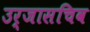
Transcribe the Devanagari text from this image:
उर्जासचिव